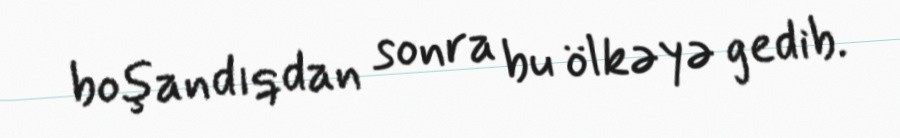
boşandıqdan sonra bu ölkəyə gedib.